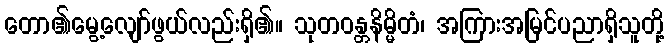
တော၏မွေ့လျော်ဖွယ်လည်းရှိ၏။ သုတဝန္တနိမ္မိတံ၊ အကြားအမြင်ပညာရှိသူတို့